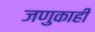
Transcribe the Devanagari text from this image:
जणुकाही